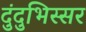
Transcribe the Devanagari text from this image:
दुंदुभिस्सर